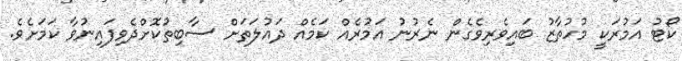
ކޯޓު އަމުރަކީ މުހުތާޒު ބައިވެރިވެގެން ނެރުނު އަމުރެއް ކަމެއް ދައުލަތަށް ސާބިތުކޮށްދެވިފައިނުވާ ކަމަށެވެ.